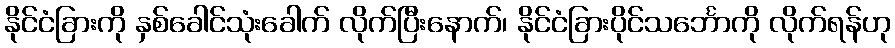
နိုင်ငံခြားကို နှစ်ခေါင်သုံးခေါက် လိုက်ပြီးနောက်၊ နိုင်ငံခြားပိုင်သင်္ဘောကို လိုက်ရန်ဟု